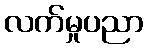
လက်မှုပညာ